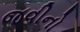
જવીનો